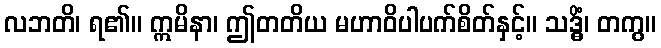
လဘတိ၊ ရ၏။ ဣမိနာ၊ ဤတတိယ မဟာဝိပါပက်စိတ်နှင့်။ သဒ္ဓိံ၊ တကွ။